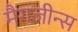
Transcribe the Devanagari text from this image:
मैगजीन्स